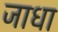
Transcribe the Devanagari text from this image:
जाधा